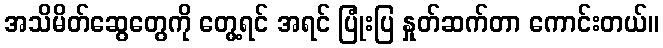
အသိမိတ်ဆွေတွေကို တွေ့ရင် အရင် ပြုံးပြ နှုတ်ဆက်တာ ကောင်းတယ်။